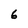
Character: 6